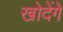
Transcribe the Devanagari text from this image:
खोदेंगे